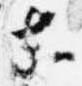
等